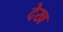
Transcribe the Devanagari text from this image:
देख्‍ा